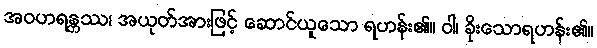
အဝဟရန္တဿ၊ အယုတ်အားဖြင့် ဆောင်ယူသော ရဟန်း၏။ ဝါ၊ ခိုးသောရဟန်း၏။